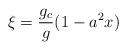
LaTeX: \begin{align*}\xi = \frac{g_c}{g}(1- a^2x)\end{align*}